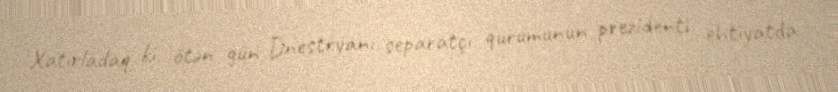
Xatırladaq ki, ötən gün Dnestryanı separatçı qurumunun prezidenti ehtiyatda